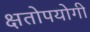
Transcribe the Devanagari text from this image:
क्षतोपयोगी